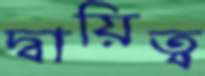
দ্বায়িত্ব